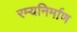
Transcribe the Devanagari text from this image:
रम्यनिर्माण